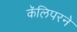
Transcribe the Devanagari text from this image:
कॅलिपरने